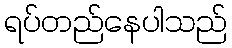
ရပ်တည်နေပါသည်